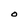
Character: O